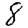
Digit: 8